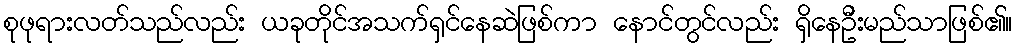
စုဖုရားလတ်သည်လည်း ယခုတိုင်အသက်ရှင်နေဆဲဖြစ်ကာ နောင်တွင်လည်း ရှိနေဦးမည်သာဖြစ်၏။